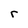
Character: r